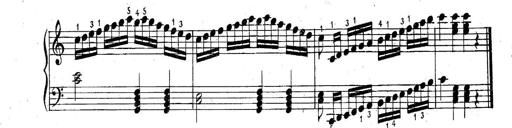
Title: 6 Easy Sonatinas
Composer: Carl Czerny